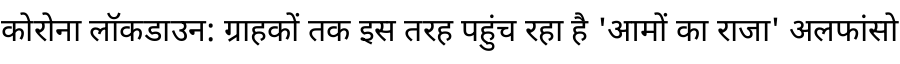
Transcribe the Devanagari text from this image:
कोरोना लॉकडाउन: ग्राहकों तक इस तरह पहुंच रहा है 'आमों का राजा' अलफांसो